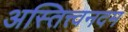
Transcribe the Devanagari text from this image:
अस्तित्त्वनदम